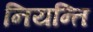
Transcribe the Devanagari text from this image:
नियन्ति